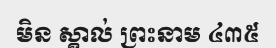
មិន ស្គាល់ ព្រះនាម ៤៣៥